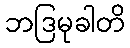
ဘဒြမုခါတိ